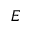
E